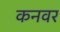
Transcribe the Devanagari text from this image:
कनवर